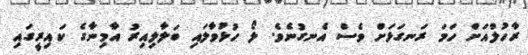
ރާހުލްއަށް ހަމަ ރަނގަޅަށް ވެސް އެނގުނެވެ. ލޯ ހުޅުވާލައި ބަލާލިއިރު އާމިނާގެ ކައިރީގައި